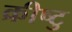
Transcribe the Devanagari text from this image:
क्रीष्टु